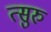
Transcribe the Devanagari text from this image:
त्सुरु